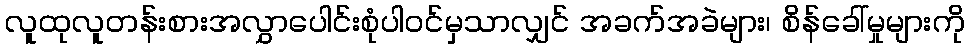
လူထုလူတန်းစားအလွှာပေါင်းစုံပါဝင်မှသာလျှင် အခက်အခဲများ၊ စိန်ခေါ်မှုများကို